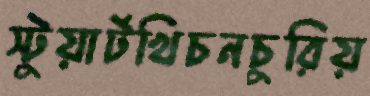
স্টুয়ার্টখিচনচুরিয়